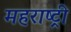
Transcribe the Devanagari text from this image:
महराष्ट्री